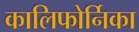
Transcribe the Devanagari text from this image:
कालिफोर्निका